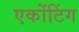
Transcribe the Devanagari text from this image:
एकोंटिंग